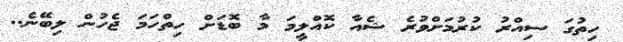
ހިތުގަ ސިއްރު ކުރުމަށްވުރެ ޝެއާ ކޮއްލީމަ މާ ބޮޑަށް ހިތްހަމަ ޖެހުން ލިބޭނެ..